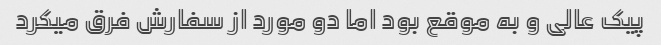
پیک عالی و به موقع بود اما دو مورد از سفارش فرق میکرد